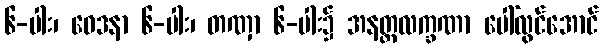
၆-ပါး၊ ဝေဒနာ ၆-ပါး၊ တဏှာ ၆-ပါး၌ အနတ္တလက္ခဏာ ပေါ်လွင်အောင်